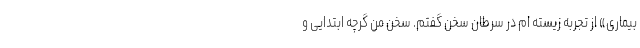
بیماری» از تجربه زیسته ام در سرطان سخن گفتم. سخن من گرچه ابتدایی و